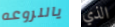
ياللروعه الذي